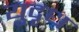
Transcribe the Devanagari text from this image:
युदृध